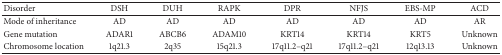
<table><thead><tr><td><b>Disorder</b></td><td><b>DSH</b></td><td><b>DUH</b></td><td><b>RAPK</b></td><td><b>DPR</b></td><td><b>NFJS</b></td><td><b>EBS-MP</b></td><td><b>ACD</b></td></tr></thead><tbody><tr><td>Mode of inheritance</td><td>AD</td><td>AD</td><td>AD</td><td>AD</td><td>AD</td><td>AD</td><td>AR</td></tr><tr><td>Gene mutation</td><td>ADAR1</td><td>ABCB6</td><td>ADAM10</td><td>KRT14</td><td>KRT14</td><td>KRT5</td><td>Unknown</td></tr><tr><td>Chromosome location</td><td>1q21.3</td><td>2q35</td><td>15q21.3</td><td>17q11.2–q21</td><td>17q11.2–q21</td><td>12q13.13</td><td>Unknown</td></tr></tbody></table>